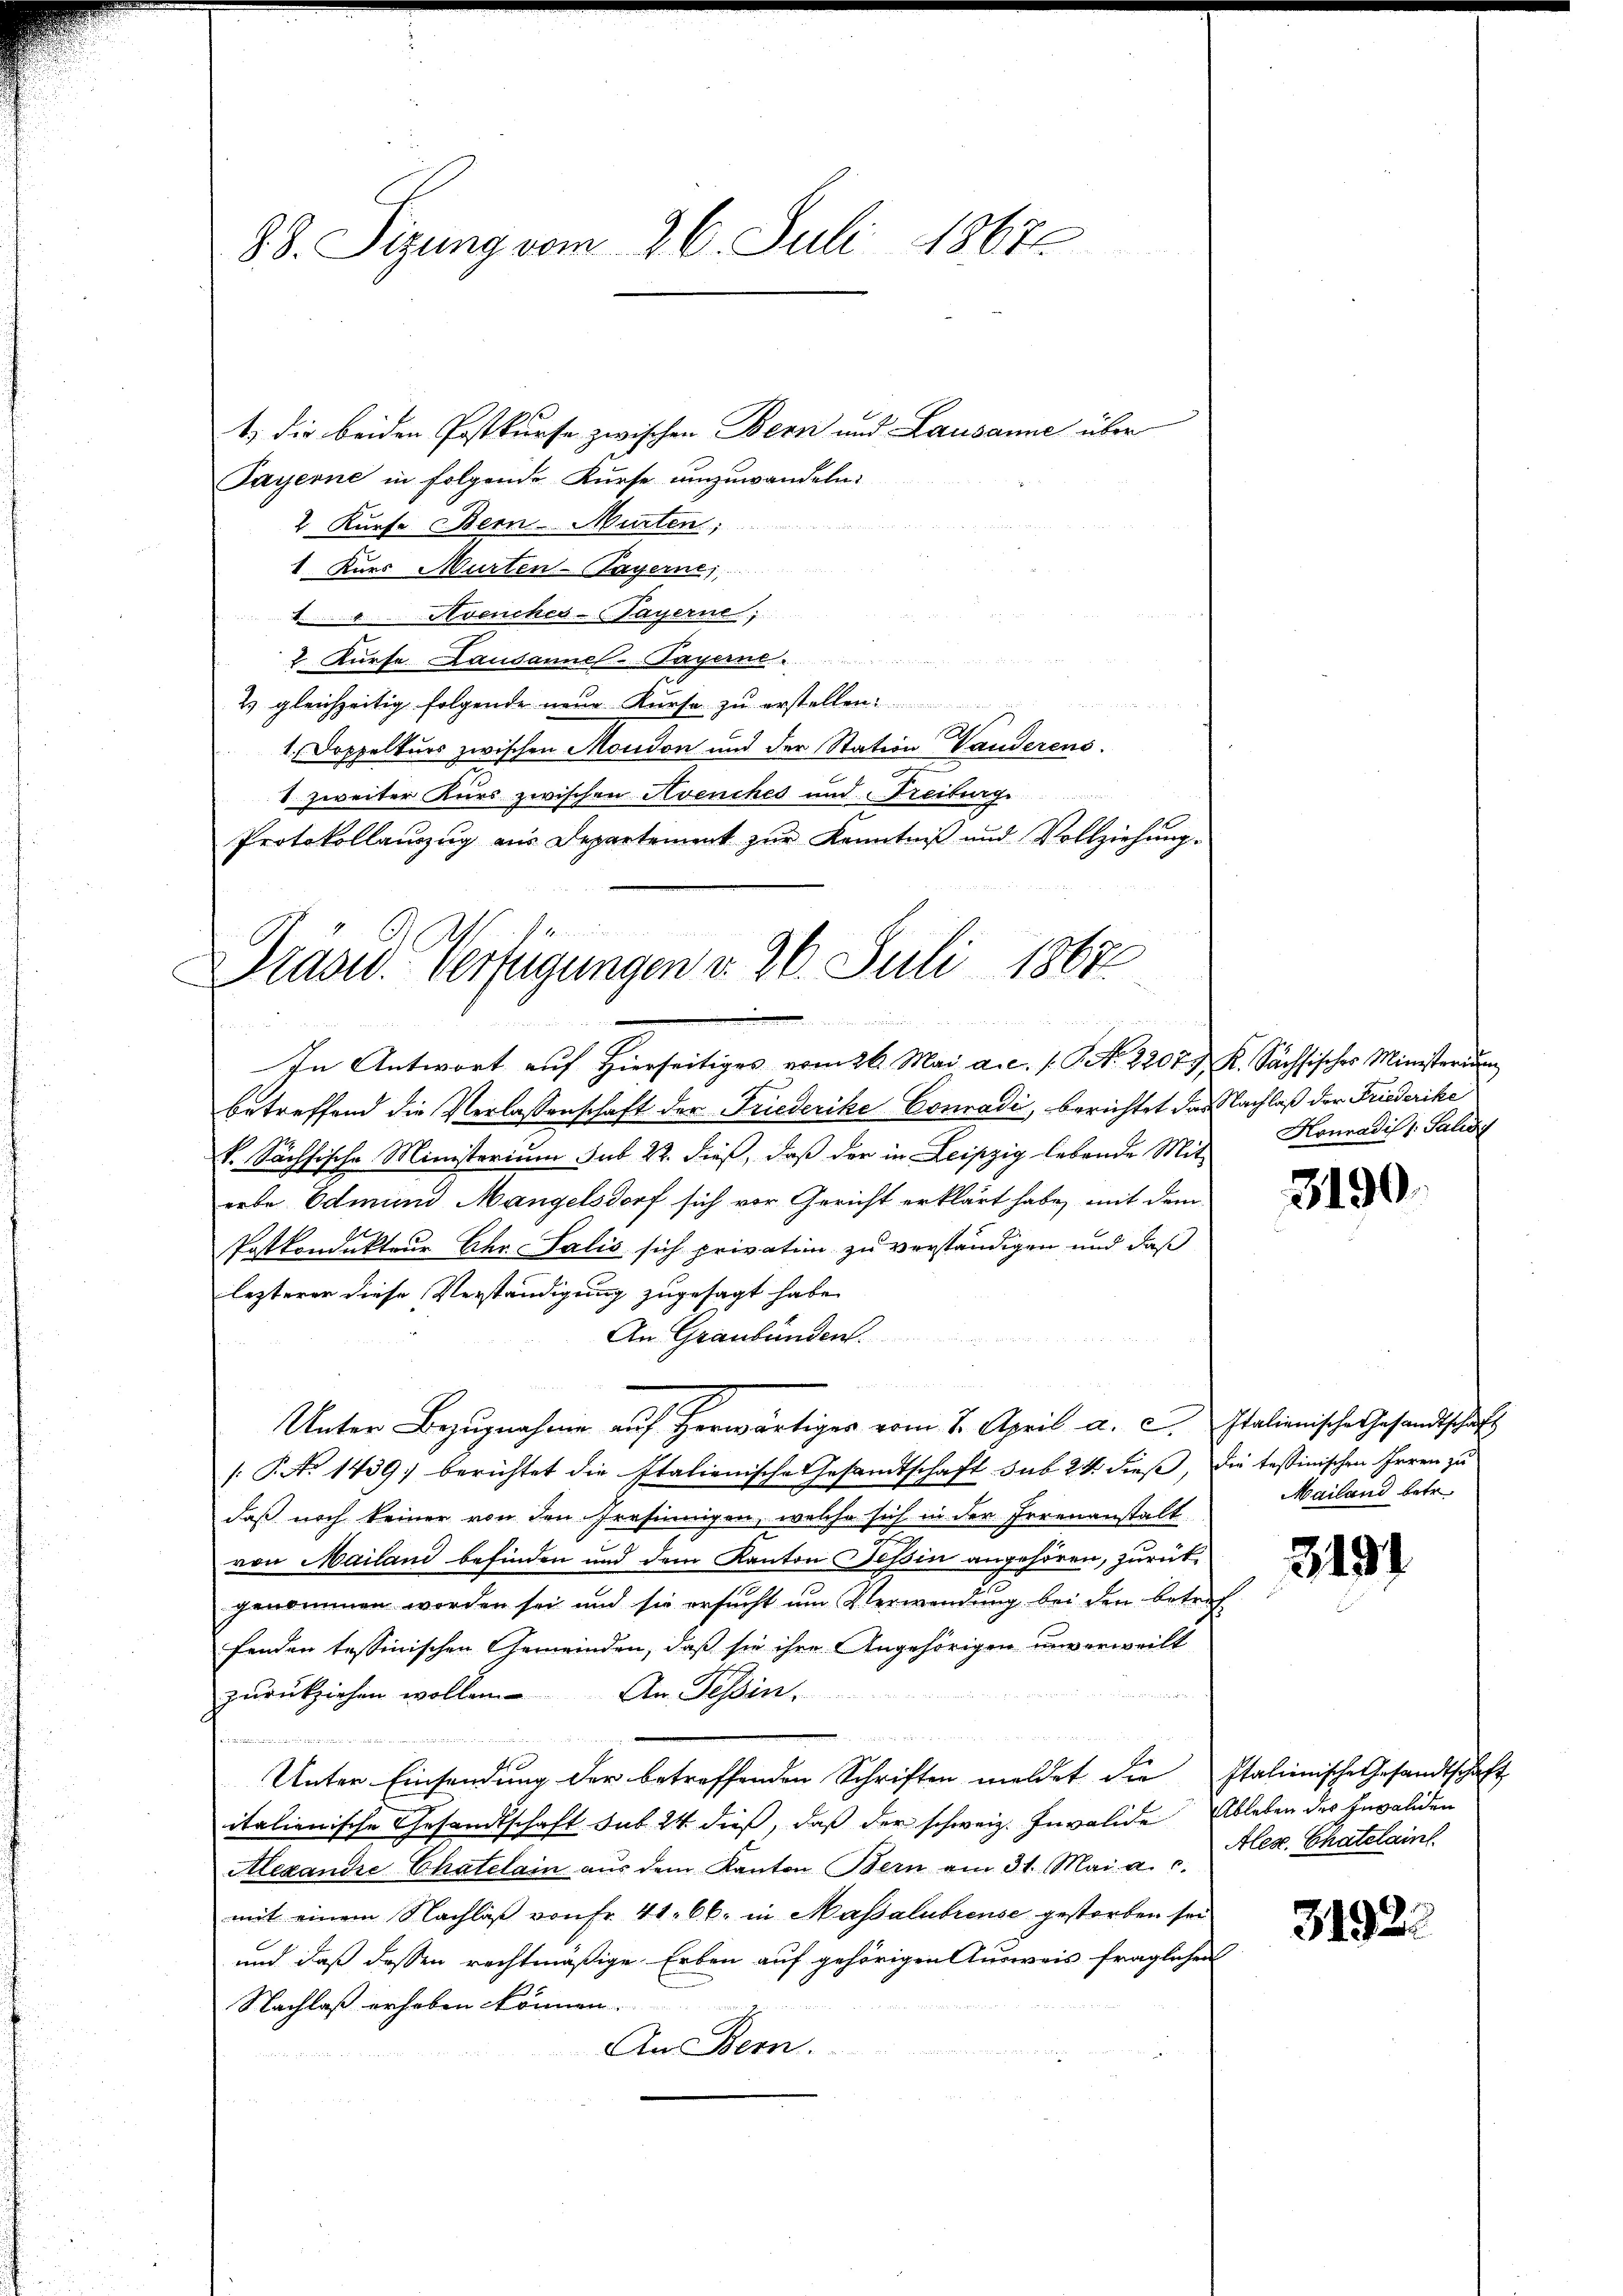
88. Sizung vom 26. Juli 18678

Präsid. Verfügungen v. 26. Juli 1864.
Eigen ein seiner
  20

1) die beiden Postkurse zwischen Bern und Lausanne über
Payerne in folgende Kurse umzuwandeln:
2 Kürfe Bern Murten,
1 Kurs Murten-Bayerne,
Avenches-Fayerne
2 Kurse Lausannes- Payerne
2 gleichzeitig folgende neue Kurse zu erstellen

1. Doppelkurs zwischen Moudon und der Station Vanderens.
1. zweiter Kurs zwischen Avenches und Freiburg,
Protokollauszug aus Departement zur Kenntniß und Vollziehung.
In Antwort auf hierseitiges vom 26. Mai a.c. s. S. 2207 J. K. Sächsisches Ministerium
betreffend die Verlassenschaft der Friederike Conradi, berichtet das Nachlaß der Friederike
k. Sächsische Ministerium sub 22. dieß, daß der in Leipzig lebende Mit-
iebe Edmund Mangelsdorf sich vor Gericht erklärt habe, mit dem
Postkondukteur Ihr Salis sich privation zu verständigen und daß
lezterer diese Verständigung zugesagt habe.
An Graubünden.
 4
n
Unter Bezugnahme auf herwärtiger vom 2. April a. c. Italienische Gesandtschaft
/: P. No 1439) berichtet die Italienische Gesandtschaft sub 24 dieß, die tessinischen Irren zu
daß noch keiner von den Presinnigen, welche sich in der Irrenanstalt
von Mailand befinden und dem Kanton Tessin angehören, zurückgenommen worden sei und sie ersucht um Verwendung bei den betref
fenden tessinischen Gemeinden, daß sie ihre Angehörigen unverweilt
zurückziehen wollen. An Tessin,
Unter Einsendung der betreffenden Schriften meldet die Italienische Gesandtschaft
italienische Gesandtschaft sub 24 dieß, daß der schweiz. Invalide Ableben des Invaliden
AlexandreChatelain aŭs dem Kanton Bern am 31. Mai a. c.
mit einem Nachlaß von Fr. 41. 66. in Massalubreuse gestorben sei
und daß dessen rechtmäßige Erben auf gehörigen Ausweis fraglichen
Nachlaß erhoben können.
An Bern.

Konrad il l. Salicy

3190.

Mailand betr

3191

Ales. Chatelaint

31922